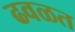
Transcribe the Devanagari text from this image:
ढवळत